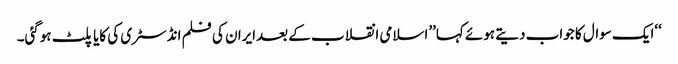
‘‘ایک سوال کا جواب دیتے ہوئے کہا’’اسلامی انقلاب کے بعدایران کی فلم انڈسٹری کی کایا پلٹ ہوگئی۔